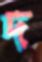
দ